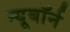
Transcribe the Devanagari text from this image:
न्यूबॉर्न